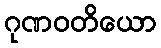
ဂုဏဝတိယော